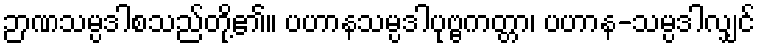
ဉာဏသမ္ပဒါစသည်တို့၏။ ပဟာနသမ္ပဒါပုဗ္ဗကတ္တာ၊ ပဟာန-သမ္ပဒါလျှင်